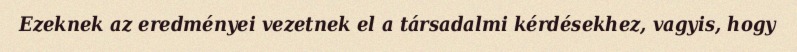
Ezeknek az eredményei vezetnek el a társadalmi kérdésekhez, vagyis, hogy